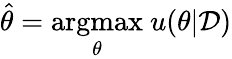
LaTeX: \hat{\theta}=\mathop{\textrm{argmax}}_{\mathbf{\theta}}\ u(\mathbf{\theta}|\mathcal{D})